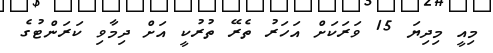
މިއީ މިދިޔަ 15 ވަރަކަށް އަހަރު ތެރޭ ތުރުކީ އަށް ދިމާވި ކަރަންޓުގެ